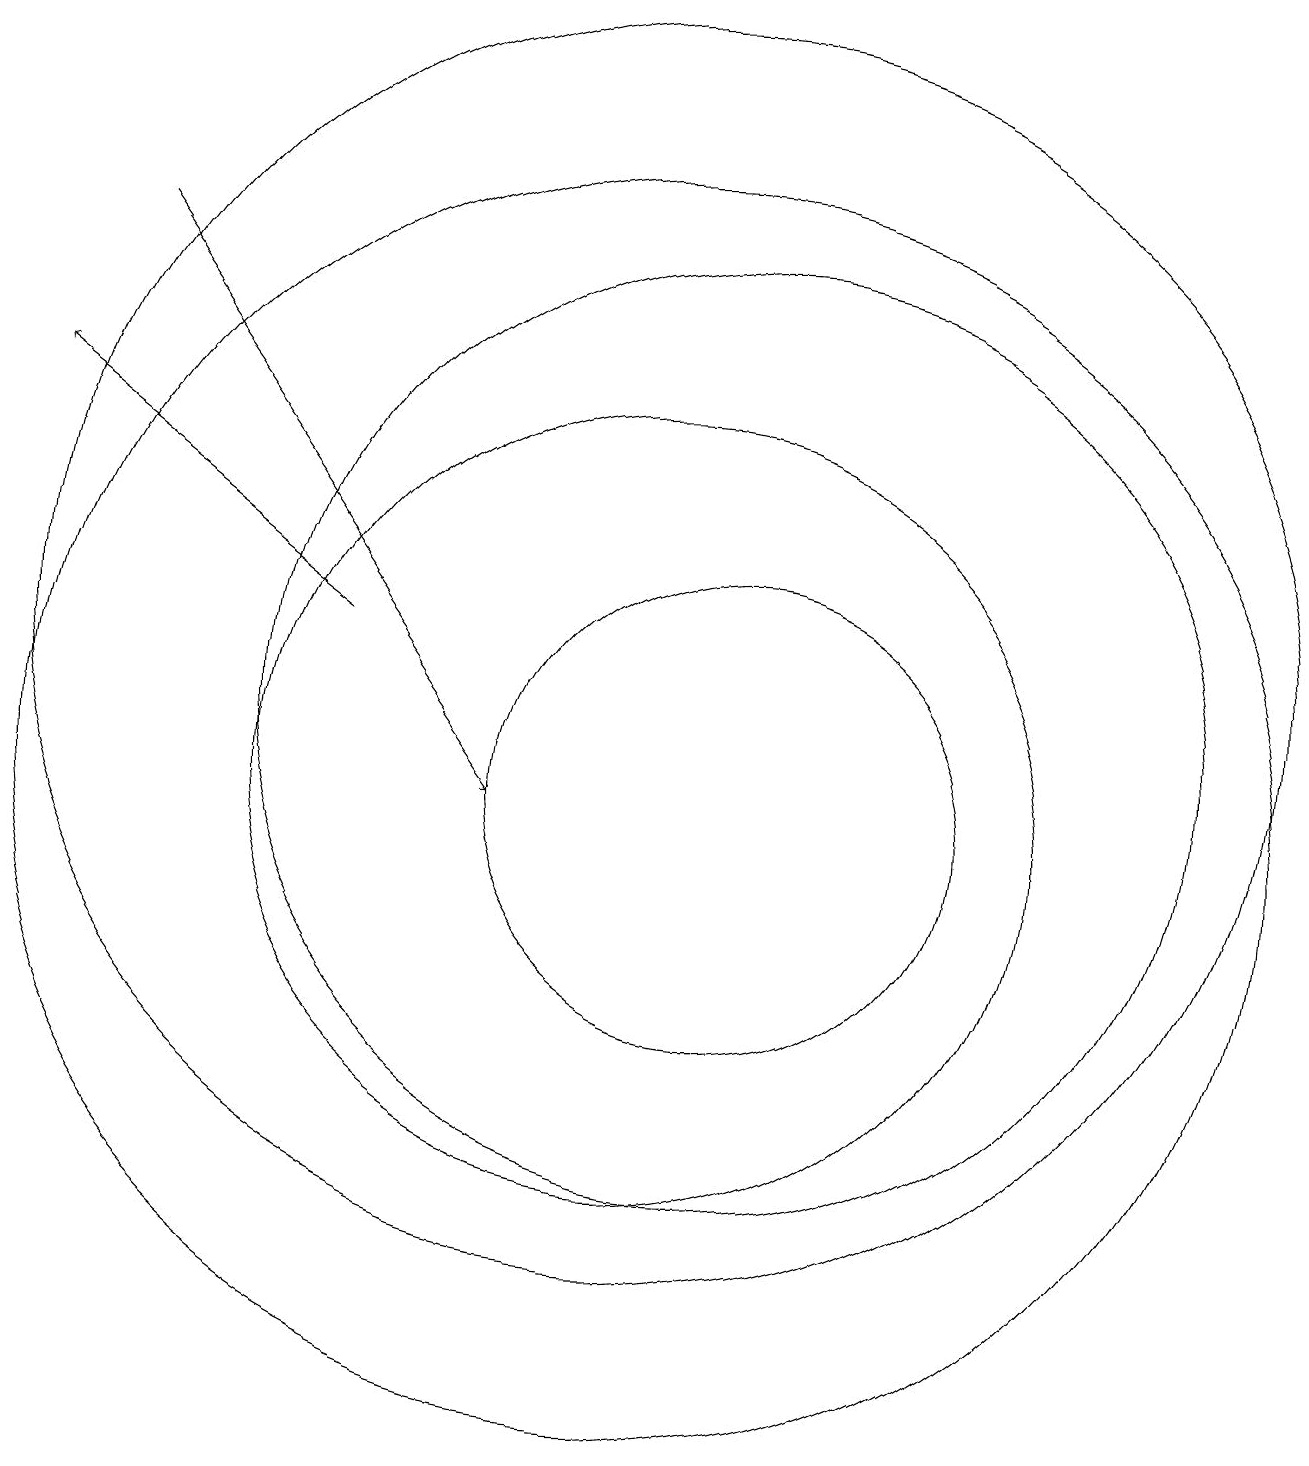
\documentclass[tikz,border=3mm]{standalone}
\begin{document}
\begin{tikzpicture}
\draw (11,11) circle (6);
\draw (10,10) circle (5);
\draw (11,10) circle (3);
\draw (10,10) circle (8);
\draw (10,12) circle (8);
\draw[->] (6,12) -- (2,15);
\draw[->] (3,17) -- (8,10);
\draw (12,12) circle (0);
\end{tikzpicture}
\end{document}